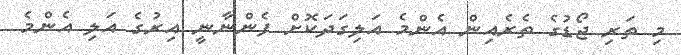
މި ތަރި ޖޯޑުގެ ތެރެއިން އެންމެ އަލިގަދަކޮށް ފެންނާނީ އިރުގެ އަލި އެންމެ